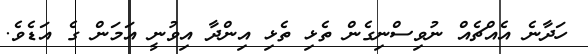
ހަދާނެ އެއްޗެއް ނުވިސްނިގެން ތެޅި ތެޅި އިންދާ އިވުނީ އަމަން ގެ އަޑެވެ.